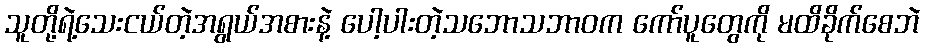
သူတို့ရဲ့သေးငယ်တဲ့အရွယ်အစားနဲ့ ပေါ့ပါးတဲ့သဘောသဘာဝက ကော်ပူတွေကို မထိခိုက်စေဘဲ